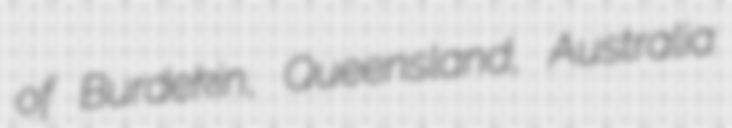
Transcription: of Burdekin, Queensland, Australia